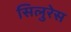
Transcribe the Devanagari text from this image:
सिलुरेस